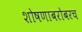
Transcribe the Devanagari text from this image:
शोषणाबरोबरच